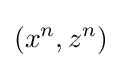
(x^{n},z^{n})